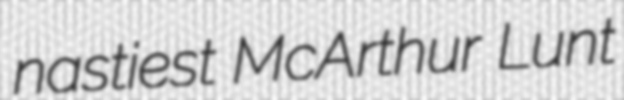
nastiest McArthur Lunt